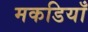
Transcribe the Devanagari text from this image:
मकडियाँ